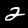
Label: 2